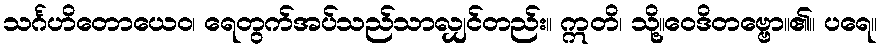
သင်္ဂဟိတောယေဝ၊ ရေတွက်အပ်သည်သာလျှင်တည်း။ ဣတိ၊ သို့။ဝေဒိတဗ္ဗော။၏။ ပရေ။